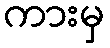
ကားမှ